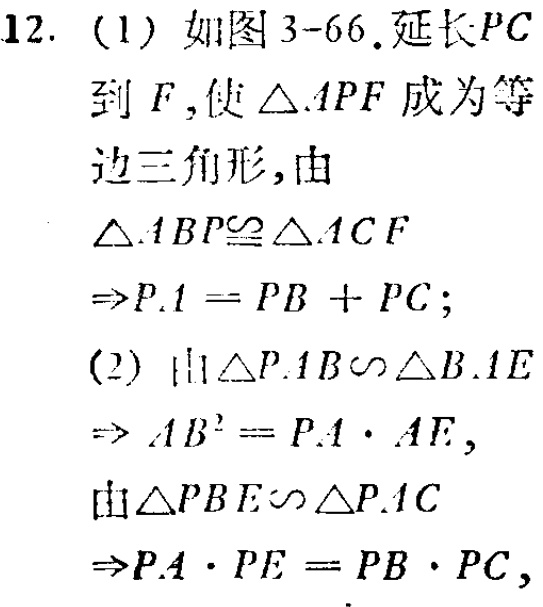
12. (1) 如图3-66.延长\(PC\)
到\(F\),使\(\triangle APF\)成为等
边三角形,由
\(\triangle ABP\cong\triangle ACF\)
\(\Rightarrow PA = PB + PC\);
(2) 由\(\triangle PAB\sim\triangle BAE\)
\(\Rightarrow AB^{2}=PA\cdot AE\),
由\(\triangle PBE\sim\triangle PAC\)
\(\Rightarrow PA\cdot PE = PB\cdot PC\),